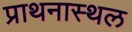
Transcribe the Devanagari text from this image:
प्राथनास्थल